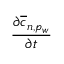
\frac { \partial \overline { { c } } _ { n , p _ { w } } } { \partial t }